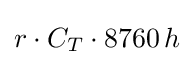
r\cdot C_{T}\cdot 8760\,h